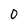
Character: 0